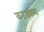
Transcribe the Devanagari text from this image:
कठड्याला